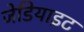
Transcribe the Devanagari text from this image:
जेडियाइट